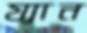
য্যান